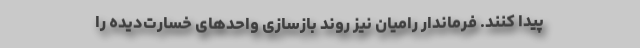
پیدا کنند. فرماندار رامیان نیز روند بازسازی واحدهای خسارت‌دیده را